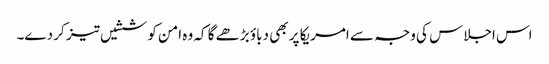
اس اجلاس کی وجہ سے امریکا پر بھی دباؤ بڑھے گا کہ وہ امن کوششیں تیز کر دے۔